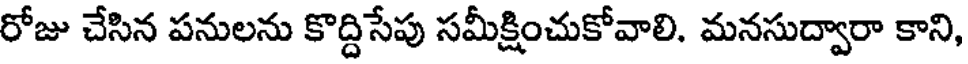
రోజు చేసిన పనులను కొద్దిసేపు సమీక్షించుకోవాలి. మనసుద్వారా కాని,